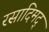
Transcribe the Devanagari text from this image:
रसादिमद्